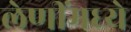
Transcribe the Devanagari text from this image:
लेणींमध्ये